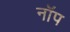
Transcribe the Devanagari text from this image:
नॉप